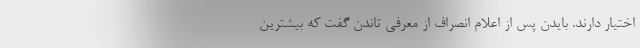
اختیار دارند. بایدن پس از اعلام انصراف از معرفی تاندن گفت که بیشترین